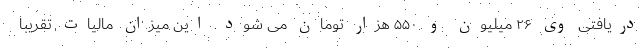
دریافتی وی ۲۶ میلیون و ۵۵۰ هزار تومان می شود. این میزان مالیات تقریباً